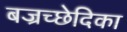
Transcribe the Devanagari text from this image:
बज्रच्छेदिका